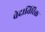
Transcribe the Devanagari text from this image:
वेदातिरिक्त